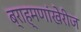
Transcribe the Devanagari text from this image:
ब्राह्मणांखेरीज